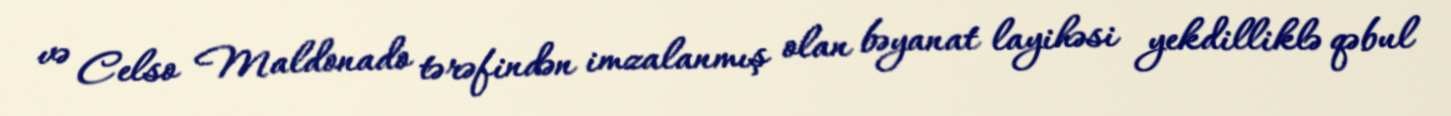
və Celso Maldonado tərəfindən imzalanmış olan bəyanat layihəsi yekdilliklə qəbul